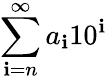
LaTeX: \sum_{\mathbf{i}=n}^{\infty}a_{\mathbf{i}}10^{\mathbf{i}}